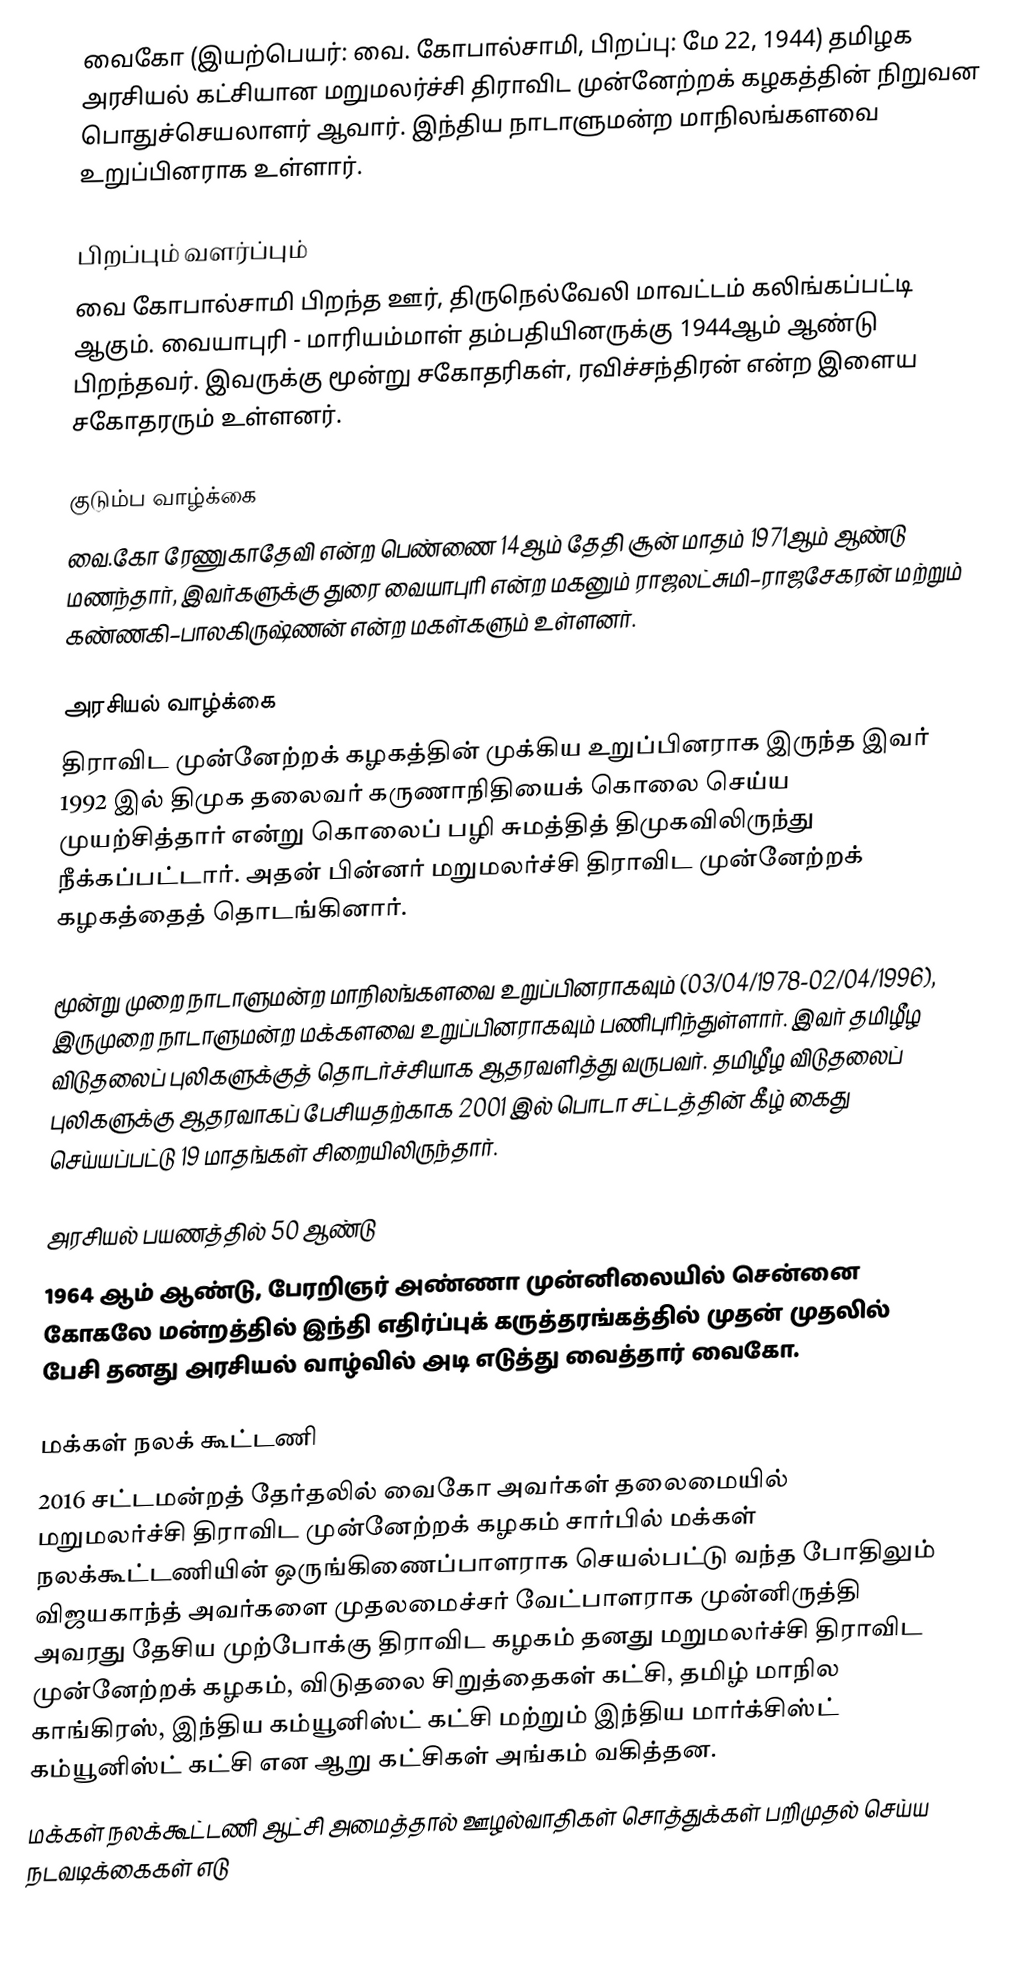
வைகோ (இயற்பெயர்: வை. கோபால்சாமி, பிறப்பு: மே 22, 1944) தமிழக அரசியல் கட்சியான  மறுமலர்ச்சி திராவிட முன்னேற்றக் கழகத்தின் நிறுவன பொதுச்செயலாளர் ஆவார். இந்திய நாடாளுமன்ற மாநிலங்களவை உறுப்பினராக உள்ளார்.

பிறப்பும் வளர்ப்பும்
வை கோபால்சாமி பிறந்த ஊர், திருநெல்வேலி மாவட்டம் கலிங்கப்பட்டி ஆகும். வையாபுரி - மாரியம்மாள் தம்பதியினருக்கு 1944ஆம் ஆண்டு பிறந்தவர். இவருக்கு மூன்று சகோதரிகள், ரவிச்சந்திரன் என்ற இளைய சகோதரரும் உள்ளனர்.

குடும்ப வாழ்க்கை
வை.கோ ரேணுகாதேவி என்ற பெண்ணை 14ஆம் தேதி சூன் மாதம் 1971ஆம் ஆண்டு மணந்தார், இவர்களுக்கு துரை வையாபுரி  என்ற மகனும் ராஜலட்சுமி–ராஜசேகரன் மற்றும் கண்ணகி–பாலகிருஷ்ணன் என்ற  மகள்களும் உள்ளனர்.

அரசியல் வாழ்க்கை
திராவிட முன்னேற்றக் கழகத்தின் முக்கிய உறுப்பினராக இருந்த இவர் 1992 இல் திமுக தலைவர் கருணாநிதியைக் கொலை செய்ய முயற்சித்தார் என்று கொலைப் பழி சுமத்தித் திமுகவிலிருந்து நீக்கப்பட்டார். அதன் பின்னர் மறுமலர்ச்சி திராவிட முன்னேற்றக் கழகத்தைத் தொடங்கினார்.

மூன்று முறை நாடாளுமன்ற மாநிலங்களவை உறுப்பினராகவும் (03/04/1978-02/04/1996), இருமுறை நாடாளுமன்ற மக்களவை உறுப்பினராகவும் பணிபுரிந்துள்ளார். இவர் தமிழீழ விடுதலைப் புலிகளுக்குத் தொடர்ச்சியாக ஆதரவளித்து வருபவர். தமிழீழ விடுதலைப் புலிகளுக்கு ஆதரவாகப் பேசியதற்காக 2001 இல் பொடா சட்டத்தின் கீழ் கைது செய்யப்பட்டு 19 மாதங்கள் சிறையிலிருந்தார்.

அரசியல் பயணத்தில் 50 ஆண்டு
1964 ஆம் ஆண்டு, பேரறிஞர் அண்ணா முன்னிலையில் சென்னை கோகலே மன்றத்தில் இந்தி எதிர்ப்புக் கருத்தரங்கத்தில் முதன் முதலில் பேசி தனது அரசியல் வாழ்வில் அடி எடுத்து வைத்தார் வைகோ.

மக்கள் நலக் கூட்டணி
 2016 சட்டமன்றத் தேர்தலில் வைகோ அவர்கள் தலைமையில் மறுமலர்ச்சி திராவிட முன்னேற்றக் கழகம் சார்பில் மக்கள் நலக்கூட்டணியின் ஒருங்கிணைப்பாளராக செயல்பட்டு வந்த போதிலும் விஜயகாந்த் அவர்களை முதலமைச்சர் வேட்பாளராக முன்னிருத்தி அவரது தேசிய முற்போக்கு திராவிட கழகம் தனது மறுமலர்ச்சி திராவிட முன்னேற்றக் கழகம், விடுதலை சிறுத்தைகள் கட்சி, தமிழ் மாநில காங்கிரஸ், இந்திய கம்யூனிஸ்ட் கட்சி மற்றும் இந்திய மார்க்சிஸ்ட் கம்யூனிஸ்ட் கட்சி என ஆறு கட்சிகள் அங்கம் வகித்தன.
 மக்கள் நலக்கூட்டணி ஆட்சி அமைத்தால் ஊழல்வாதிகள் சொத்துக்கள் பறிமுதல் செய்ய நடவடிக்கைகள் எடு